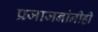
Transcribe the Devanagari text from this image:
प्रजाजनांनीही